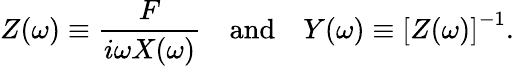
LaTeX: Z(\omega)\equiv\frac{F}{i\omega X(\omega)}\quad\textrm{and}\quad Y(\omega)\equiv\left[Z(\omega)\right]^{-1}.